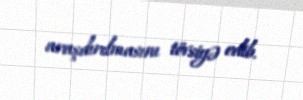
araşdırılmasını tövsiyə edib.